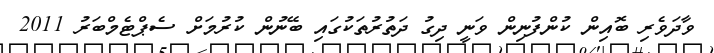
ވާދަވެރި ބޮއިން ކުންފުނިން ވަނީ ދިގު ދަތުރުތަކުގައި ބޭނުން ކުރުމަށް ސެޕްޓެމްބަރު 2011